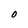
Character: O